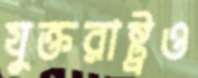
যুক্তরাষ্ট্রও